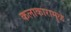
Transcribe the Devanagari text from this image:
कलाकारामुळे